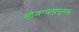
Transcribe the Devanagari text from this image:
सौजन्यतामूलक